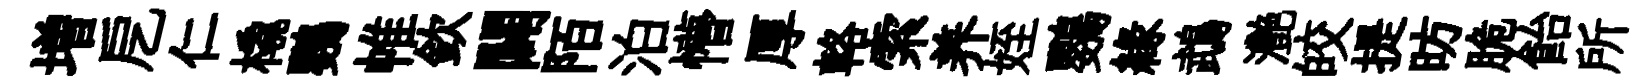
増戹仁橇鸚帷欽闢陌泊懵厚輅索养姪鸚緣鵡灧皎提昉脆飴所